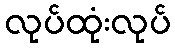
လုပ်ထုံးလုပ်